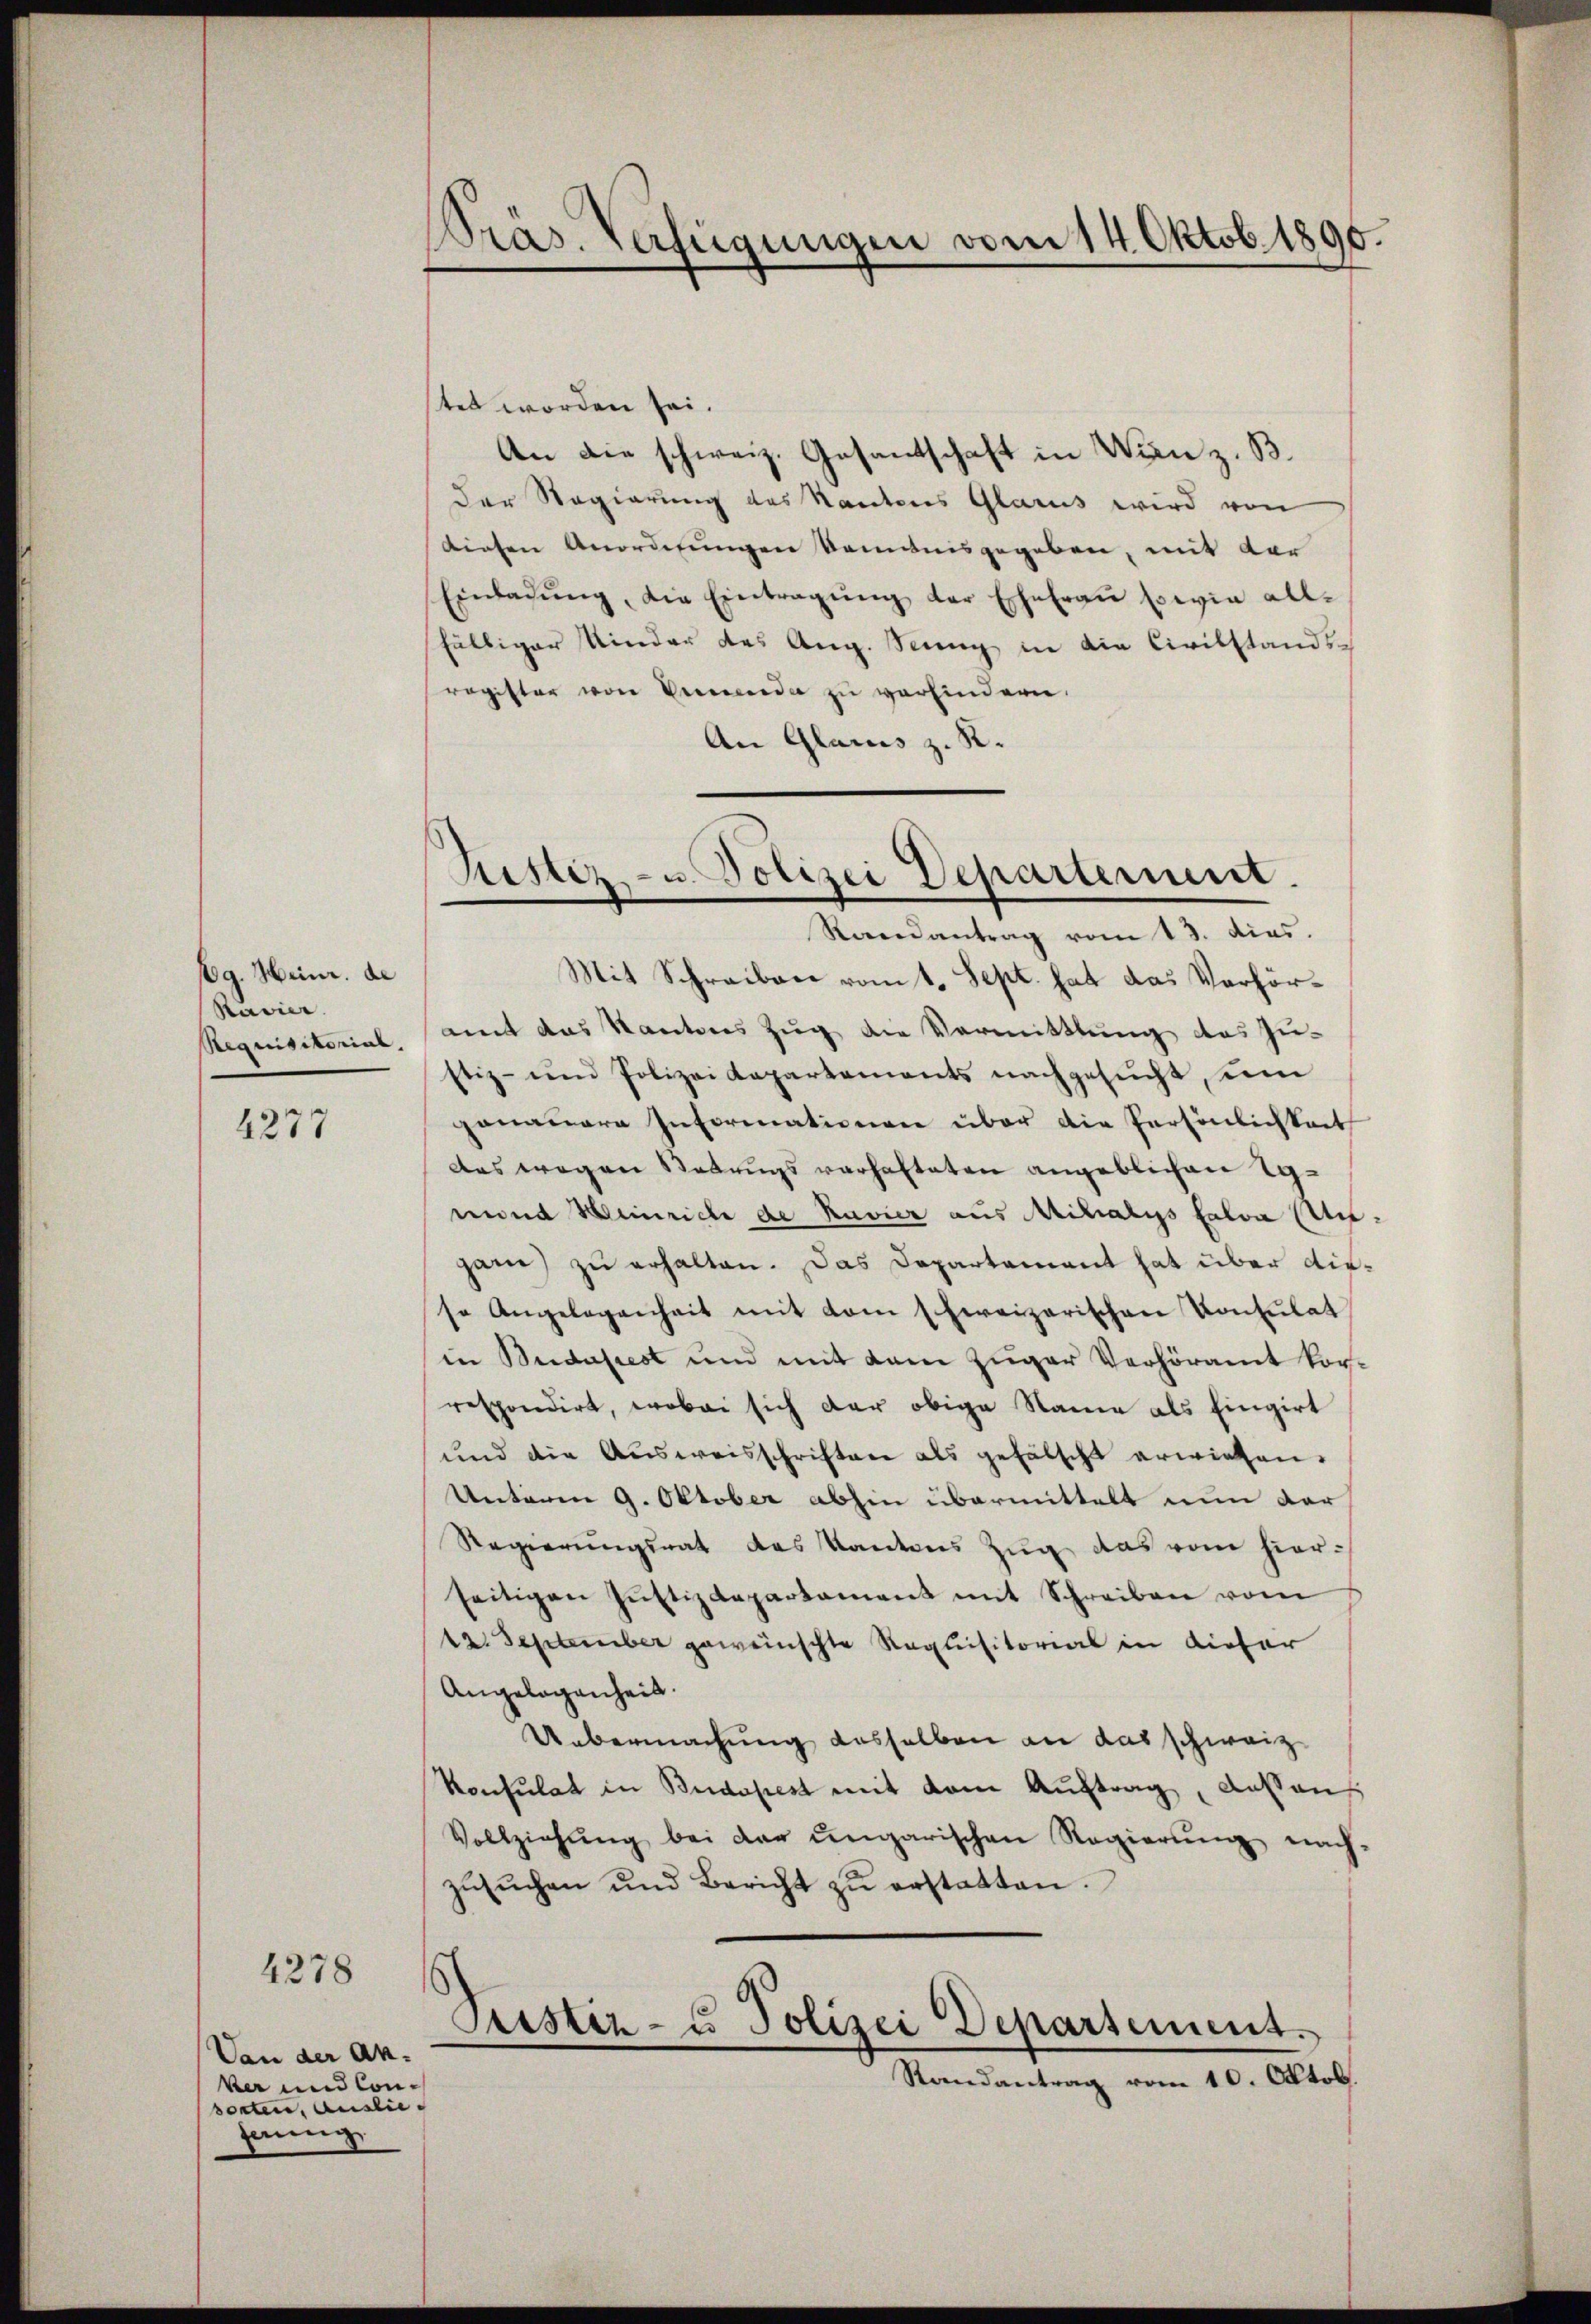
bg. Weinr. de
Ravier.
Requisitorial,

4277

4278

Van der An-
ver und Consorten, Ausliefnung

Präs. Verfügungen vom 14. Oktob. 1890.

stet worden sei.
An die schweiz. Gesantschaft in Wien z. B.
Der Regierung des Kantons Glarus wird von
diesen Anordnungen kommnisgegeben, mit der
Einladŭng, die Eintragŭng der Ehefraŭ sowie all-
fälliger Kinder des Aug. Senng in die Civilstands
register von Verwender zu verhindern.
An Glarus z. R.

Sitter- u. Polizei Departement.

Randantrag vom 13. dies.
Mit Schreiben vom 1. Sept. hat das Verhöramt das Kantons Zug die Vormittlung des Zu-
stiz- und Polizeidepartements nachgesucht, um
genauere Informationen über die Persönlichkeit
des wegen Betrugs vorhalteten angeblichen Ignund Weinriche de Ravier aus Milialys salva Migann zu erhalten. Das Departament hat über diese Angelegenheit mit vom schweizerischen Konsŭlat
in Budapest und mit dem Zuger Verhöramt vorrespondirt, wobei sich der obige Name als Eingirt
und die Ausweisschriften als gefälscht erwiesen.
Unterm 9. Oktober abhin übermittelt nun dar
Regierungsrat des Kantons Zug das vom hierseitigen Jŭstizdepartament mit Schreiben vom
12. September gewünschte Requisitorial in Liefer
Angelegenheit.
Uebermachung desselben an das schweiz
Konsulat in Budapest mit dem Aŭftrag, Ansaus
Vollziehŭng bei der ungarischen Regierŭng nach-
zŭsŭchen und Bericht zŭ erstatten.
Pustiz- u Polizei Departement.
Randantrag vom 10. Oktob.